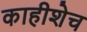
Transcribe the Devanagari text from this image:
काहीशेच